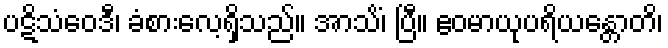
ပဋိသံဝေဒီ၊ ခံစားလေ့ရှိသည်။ အာသိံ၊ ပြီ။ ဧဝမာယုပရိယန္တောတိ၊